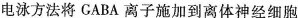
电泳方法将GABA离子施加到离体神经细胞